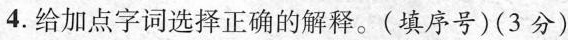
4.给加点字词选择正确的解释。(填序号)(3分)